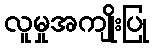
လူမှုအကျိုးပြု